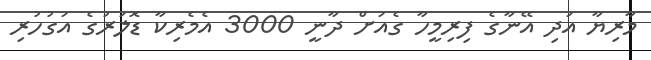
މާރިޔާ އަދި އޭނާގެ ފިރިމީހާ ގެއަށް ދާނީ 3000 އެމެރިކާ ޑޮލަރުގެ އަގުހުރި